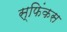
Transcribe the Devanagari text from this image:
स्फिंकस